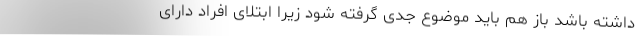
داشته باشد باز هم باید موضوع جدی گرفته شود زیرا ابتلای افراد دارای